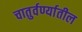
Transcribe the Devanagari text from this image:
चातुर्वर्ण्यातील